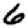
Digit: 6